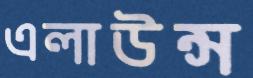
এলাউন্স